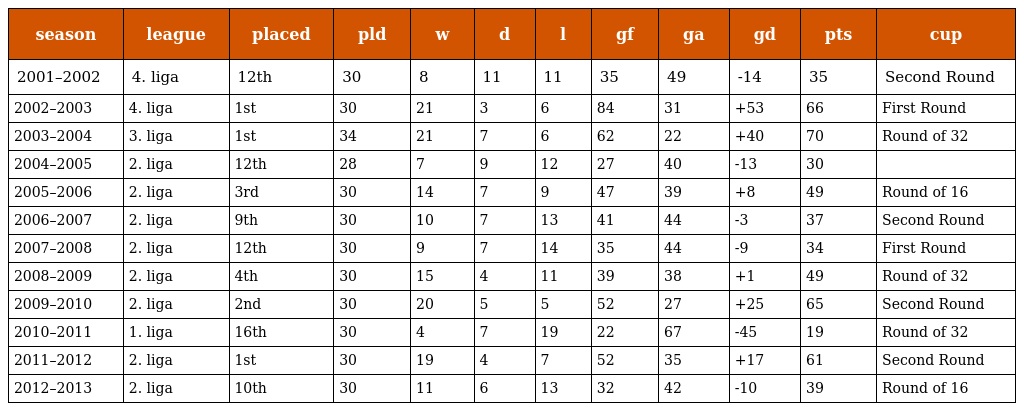
| season | league | placed | pld | w | d | l | gf | ga | gd | pts | cup |
 | --- | --- | --- | --- | --- | --- | --- | --- | --- | --- | --- | --- |
 | 2001–2002 | 4. liga | 12th | 30 | 8 | 11 | 11 | 35 | 49 | -14 | 35 | Second Round |
 | 2002–2003 | 4. liga | 1st | 30 | 21 | 3 | 6 | 84 | 31 | +53 | 66 | First Round |
 | 2003–2004 | 3. liga | 1st | 34 | 21 | 7 | 6 | 62 | 22 | +40 | 70 | Round of 32 |
 | 2004–2005 | 2. liga | 12th | 28 | 7 | 9 | 12 | 27 | 40 | -13 | 30 |  |
 | 2005–2006 | 2. liga | 3rd | 30 | 14 | 7 | 9 | 47 | 39 | +8 | 49 | Round of 16 |
 | 2006–2007 | 2. liga | 9th | 30 | 10 | 7 | 13 | 41 | 44 | -3 | 37 | Second Round |
 | 2007–2008 | 2. liga | 12th | 30 | 9 | 7 | 14 | 35 | 44 | -9 | 34 | First Round |
 | 2008–2009 | 2. liga | 4th | 30 | 15 | 4 | 11 | 39 | 38 | +1 | 49 | Round of 32 |
 | 2009–2010 | 2. liga | 2nd | 30 | 20 | 5 | 5 | 52 | 27 | +25 | 65 | Second Round |
 | 2010–2011 | 1. liga | 16th | 30 | 4 | 7 | 19 | 22 | 67 | -45 | 19 | Round of 32 |
 | 2011–2012 | 2. liga | 1st | 30 | 19 | 4 | 7 | 52 | 35 | +17 | 61 | Second Round |
 | 2012–2013 | 2. liga | 10th | 30 | 11 | 6 | 13 | 32 | 42 | -10 | 39 | Round of 16 |